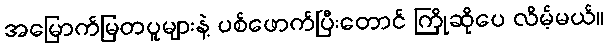
အမြောက်မြတပူများနဲ့ ပစ်ဖောက်ပြီးတောင် ကြိုဆိုပေ လိမ့်မယ်။